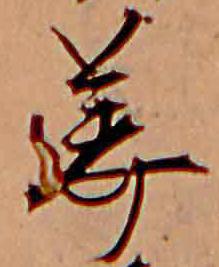
美